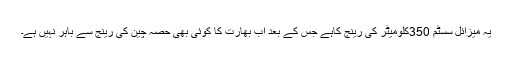
یہ میزائل سسٹم 350کلومیٹر کی رینج کاہے جس کے بعد اب بھارت کا کوئی بھی حصہ چین کی رینج سے باہر نہیں ہے۔